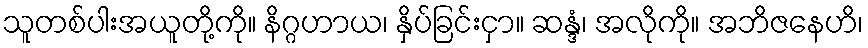
သူတစ်ပါးအယူတို့ကို။ နိဂ္ဂဟာယ၊ နှိပ်ခြင်းငှာ။ ဆန္ဒံ၊ အလိုကို။ အဘိဇနေဟိ၊